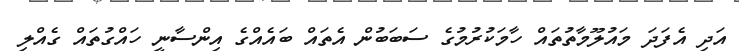
އަދި އެފަދަ މައުލޫމާތުތައް ހާމަކުރުމުގެ ސަބަބުން އެތައް ބައެއްގެ އިންސާނީ ހައްގުތައް ގެއްލި